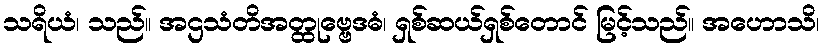
သရိယံ၊ သည်။ အဌသံတိအတ္ထုဗ္ဗေဒဓံ၊ ရှစ်ဆယ်ရှစ်တောင် မြင့်သည်။ အဟောသိ၊